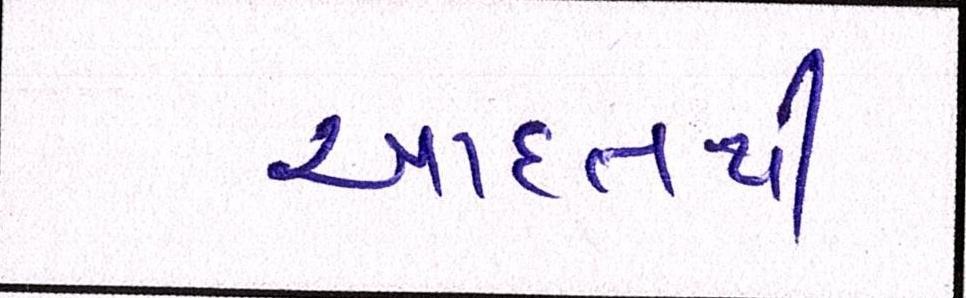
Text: આદતથી